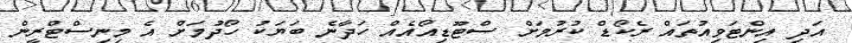
އަދި އިންޓަވިއުތައް ރެކޯޑް ކުރުމަށް ސްޓޫޑިއޯއެއް ހަދާނެ ބަޔަކު ހޯދުމަށް އެ މިނިސްޓްރީން